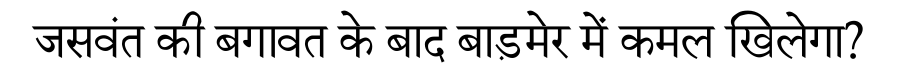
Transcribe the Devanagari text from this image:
जसवंत की बगावत के बाद बाड़मेर में कमल खिलेगा?